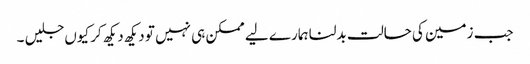
جب زمین کی حالت بدلنا ہمارے لیے ممکن ہی نہیں تو دیکھ دیکھ کر کیوں جلیں ۔